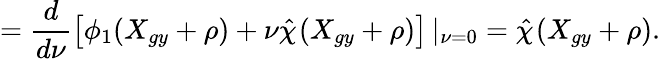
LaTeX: =\frac{d}{d\nu}\left[\phi_{1}(X_{gy}+\rho)+\nu\hat{\chi}_{}(X_{gy}+\rho)\right]\left|_{\nu=0}\right.=\hat{\chi}_{}(X_{gy}+\rho).